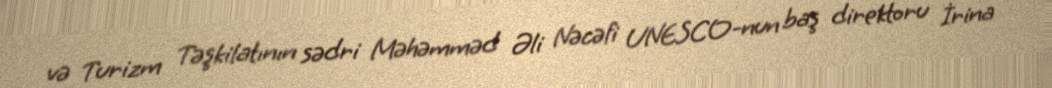
və Turizm Təşkilatının sədri Məhəmməd Əli Nəcəfi UNESCO-nun baş direktoru İrina